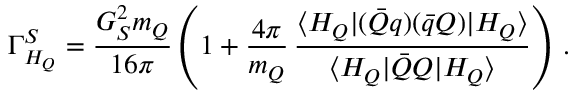
\Gamma _ { H _ { Q } } ^ { S } = \frac { G _ { S } ^ { 2 } m _ { Q } } { 1 6 \pi } \left( 1 + \frac { 4 \pi } { m _ { Q } } \, \frac { \langle H _ { Q } | ( \bar { Q } q ) ( \bar { q } Q ) | H _ { Q } \rangle } { \langle H _ { Q } | \bar { Q } Q | H _ { Q } \rangle } \right) \, .